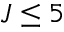
J \leq 5